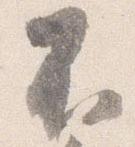
不